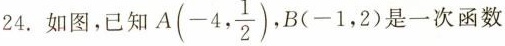
24.如图，已知$$A ( - 4 , \frac { 1 } { 2 } )$$ $$B ( - 1 ， 2 )$$是一次函数